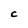
Character: C